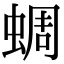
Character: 蜩